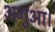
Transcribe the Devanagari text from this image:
अगुआ।